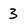
Character: 3